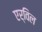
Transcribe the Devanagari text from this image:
एर्विल